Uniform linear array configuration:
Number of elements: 4
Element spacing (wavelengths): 0.75
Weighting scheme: blackman
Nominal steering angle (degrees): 0
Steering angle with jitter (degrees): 0.04931
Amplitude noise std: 0.05
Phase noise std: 0.05

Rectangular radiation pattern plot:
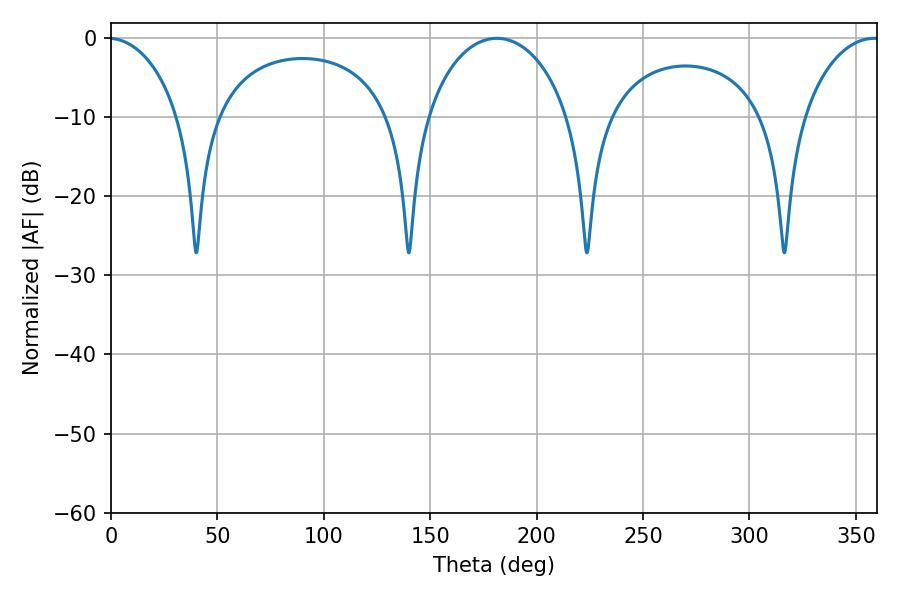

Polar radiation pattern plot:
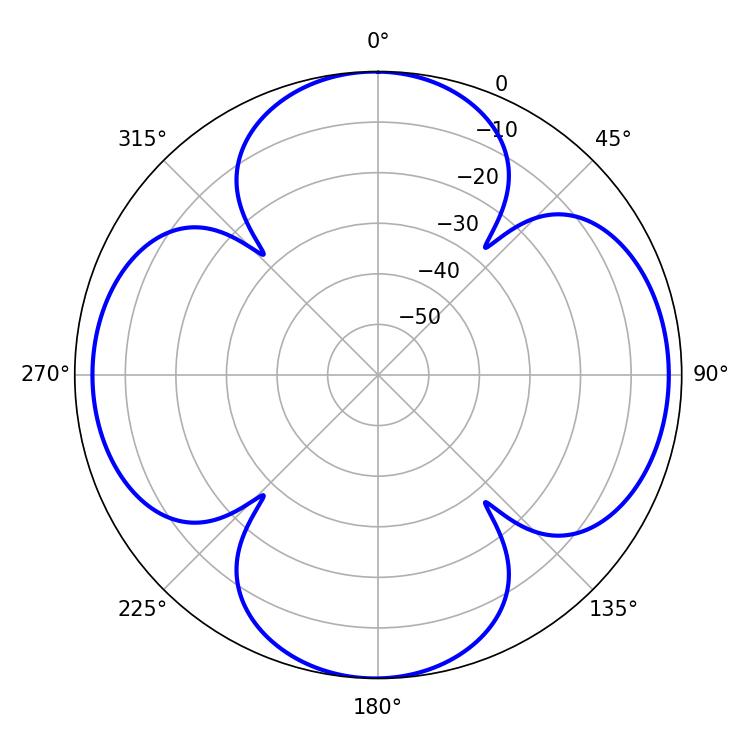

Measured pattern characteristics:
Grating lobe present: TRUE
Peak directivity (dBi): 13.189
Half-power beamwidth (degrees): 38.88
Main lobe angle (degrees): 181.26